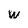
Character: w